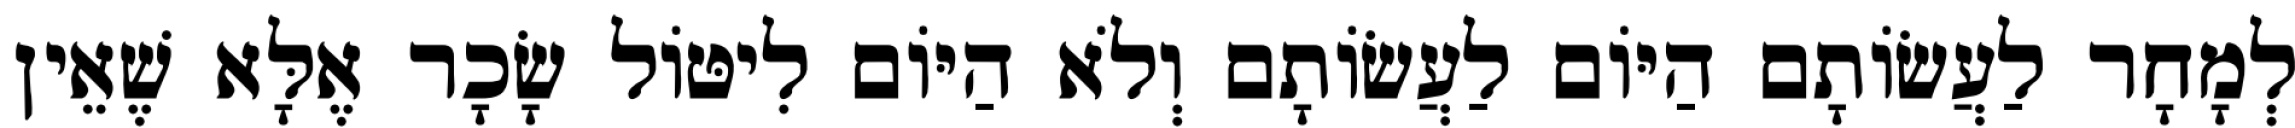
לְמָחָר לַעֲשׂוֹתָם הַיּוֹם לַעֲשׂוֹתָם וְלֹא הַיּוֹם לִיטּוֹל שָׂכָר אֶלָּא שֶׁאֵין